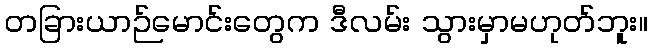
တခြားယာဉ်မောင်းတွေက ဒီလမ်း သွားမှာမဟုတ်ဘူး။